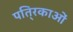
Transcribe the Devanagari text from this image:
पति्रकाओं